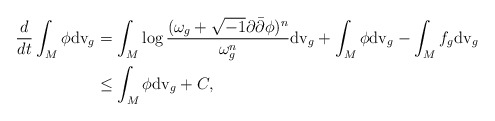
\begin{align*}\frac{d}{dt}\int_M\phi {\rm dv}_{g}&=\int_M\log\frac{(\omega_g+\sqrt{-1}\partial\bar{\partial}\phi)^n}{\omega_g^n}{\rm dv}_{g}+\int_M\phi {\rm dv}_{g} -\int_M f_g {\rm dv}_{g}& \\&\leq \int_M\phi {\rm dv}_{g}+ C,\end{align*}